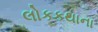
લોકકથાના